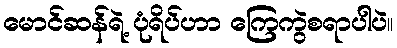
မောင်ဆန်ရဲ့ ပုံရိပ်ဟာ ကြေကွဲစရာပါပဲ။